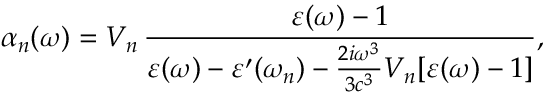
\alpha _ { n } ( \omega ) = V _ { n } \, \frac { \varepsilon ( \omega ) - 1 } { \varepsilon ( \omega ) - \varepsilon ^ { \prime } ( \omega _ { n } ) - \frac { 2 i \omega ^ { 3 } } { 3 c ^ { 3 } } V _ { n } [ \varepsilon ( \omega ) - 1 ] } ,